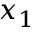
x _ { 1 }